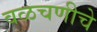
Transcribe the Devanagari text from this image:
वळचणीचे